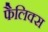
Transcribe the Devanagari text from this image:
फैलिक्स